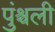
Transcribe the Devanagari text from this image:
पुंश्चली